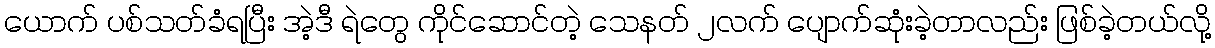
ယောက် ပစ်သတ်ခံရပြီး အဲ့ဒီ ရဲတွေ ကိုင်ဆောင်တဲ့ သေနတ် ၂လက် ပျောက်ဆုံးခဲ့တာလည်း ဖြစ်ခဲ့တယ်လို့